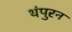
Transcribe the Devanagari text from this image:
थंपुरन